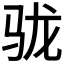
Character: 𩧪